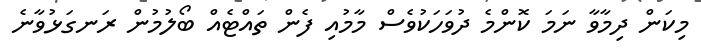
މިކަން ދިމާވާ ނަމަ ކޮންމެ ދުވަހަކުވެސް މާމުއި ފެން ތައްޓެއް ބޯލުމުން ރަނގަޅުވާނެ